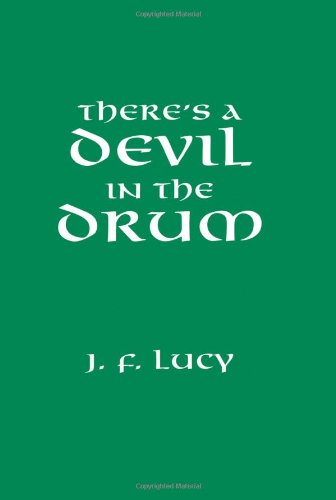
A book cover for There's A Devil In The Drum; John F. Lucy; Crafts, Hobbies & Home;